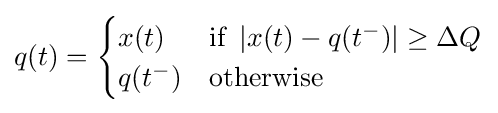
q(t)={\begin{cases}x(t)&{\text{if }}\left|x(t)-q(t^{-})\right|\geq \Delta Q\\q(t^{-})&{\text{otherwise}}\end{cases}}